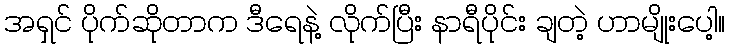
အရှင် ပိုက်ဆိုတာက ဒီရေနဲ့ လိုက်ပြီး နာရီပိုင်း ချတဲ့ ဟာမျိုးပေါ့။